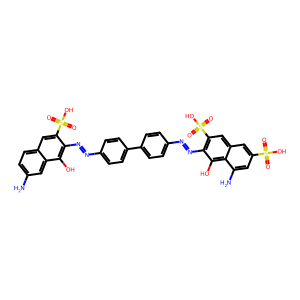
SMILES: Nc1ccc2cc(S(=O)(=O)O)c(N=Nc3ccc(-c4ccc(N=Nc5c(S(=O)(=O)O)cc6cc(S(=O)(=O)O)cc(N)c6c5O)cc4)cc3)c(O)c2c1
Inhibits HIV replication: No